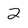
Character: 2